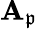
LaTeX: \mathbf{A}_{\mathfrak{{p}}}